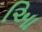
આિ